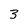
Character: 3